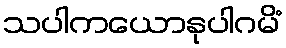
သပါကယောနုပါဂမိံ